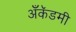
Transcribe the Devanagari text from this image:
अँकॅडमी